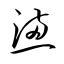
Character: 懣